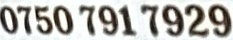
0750 791 7929